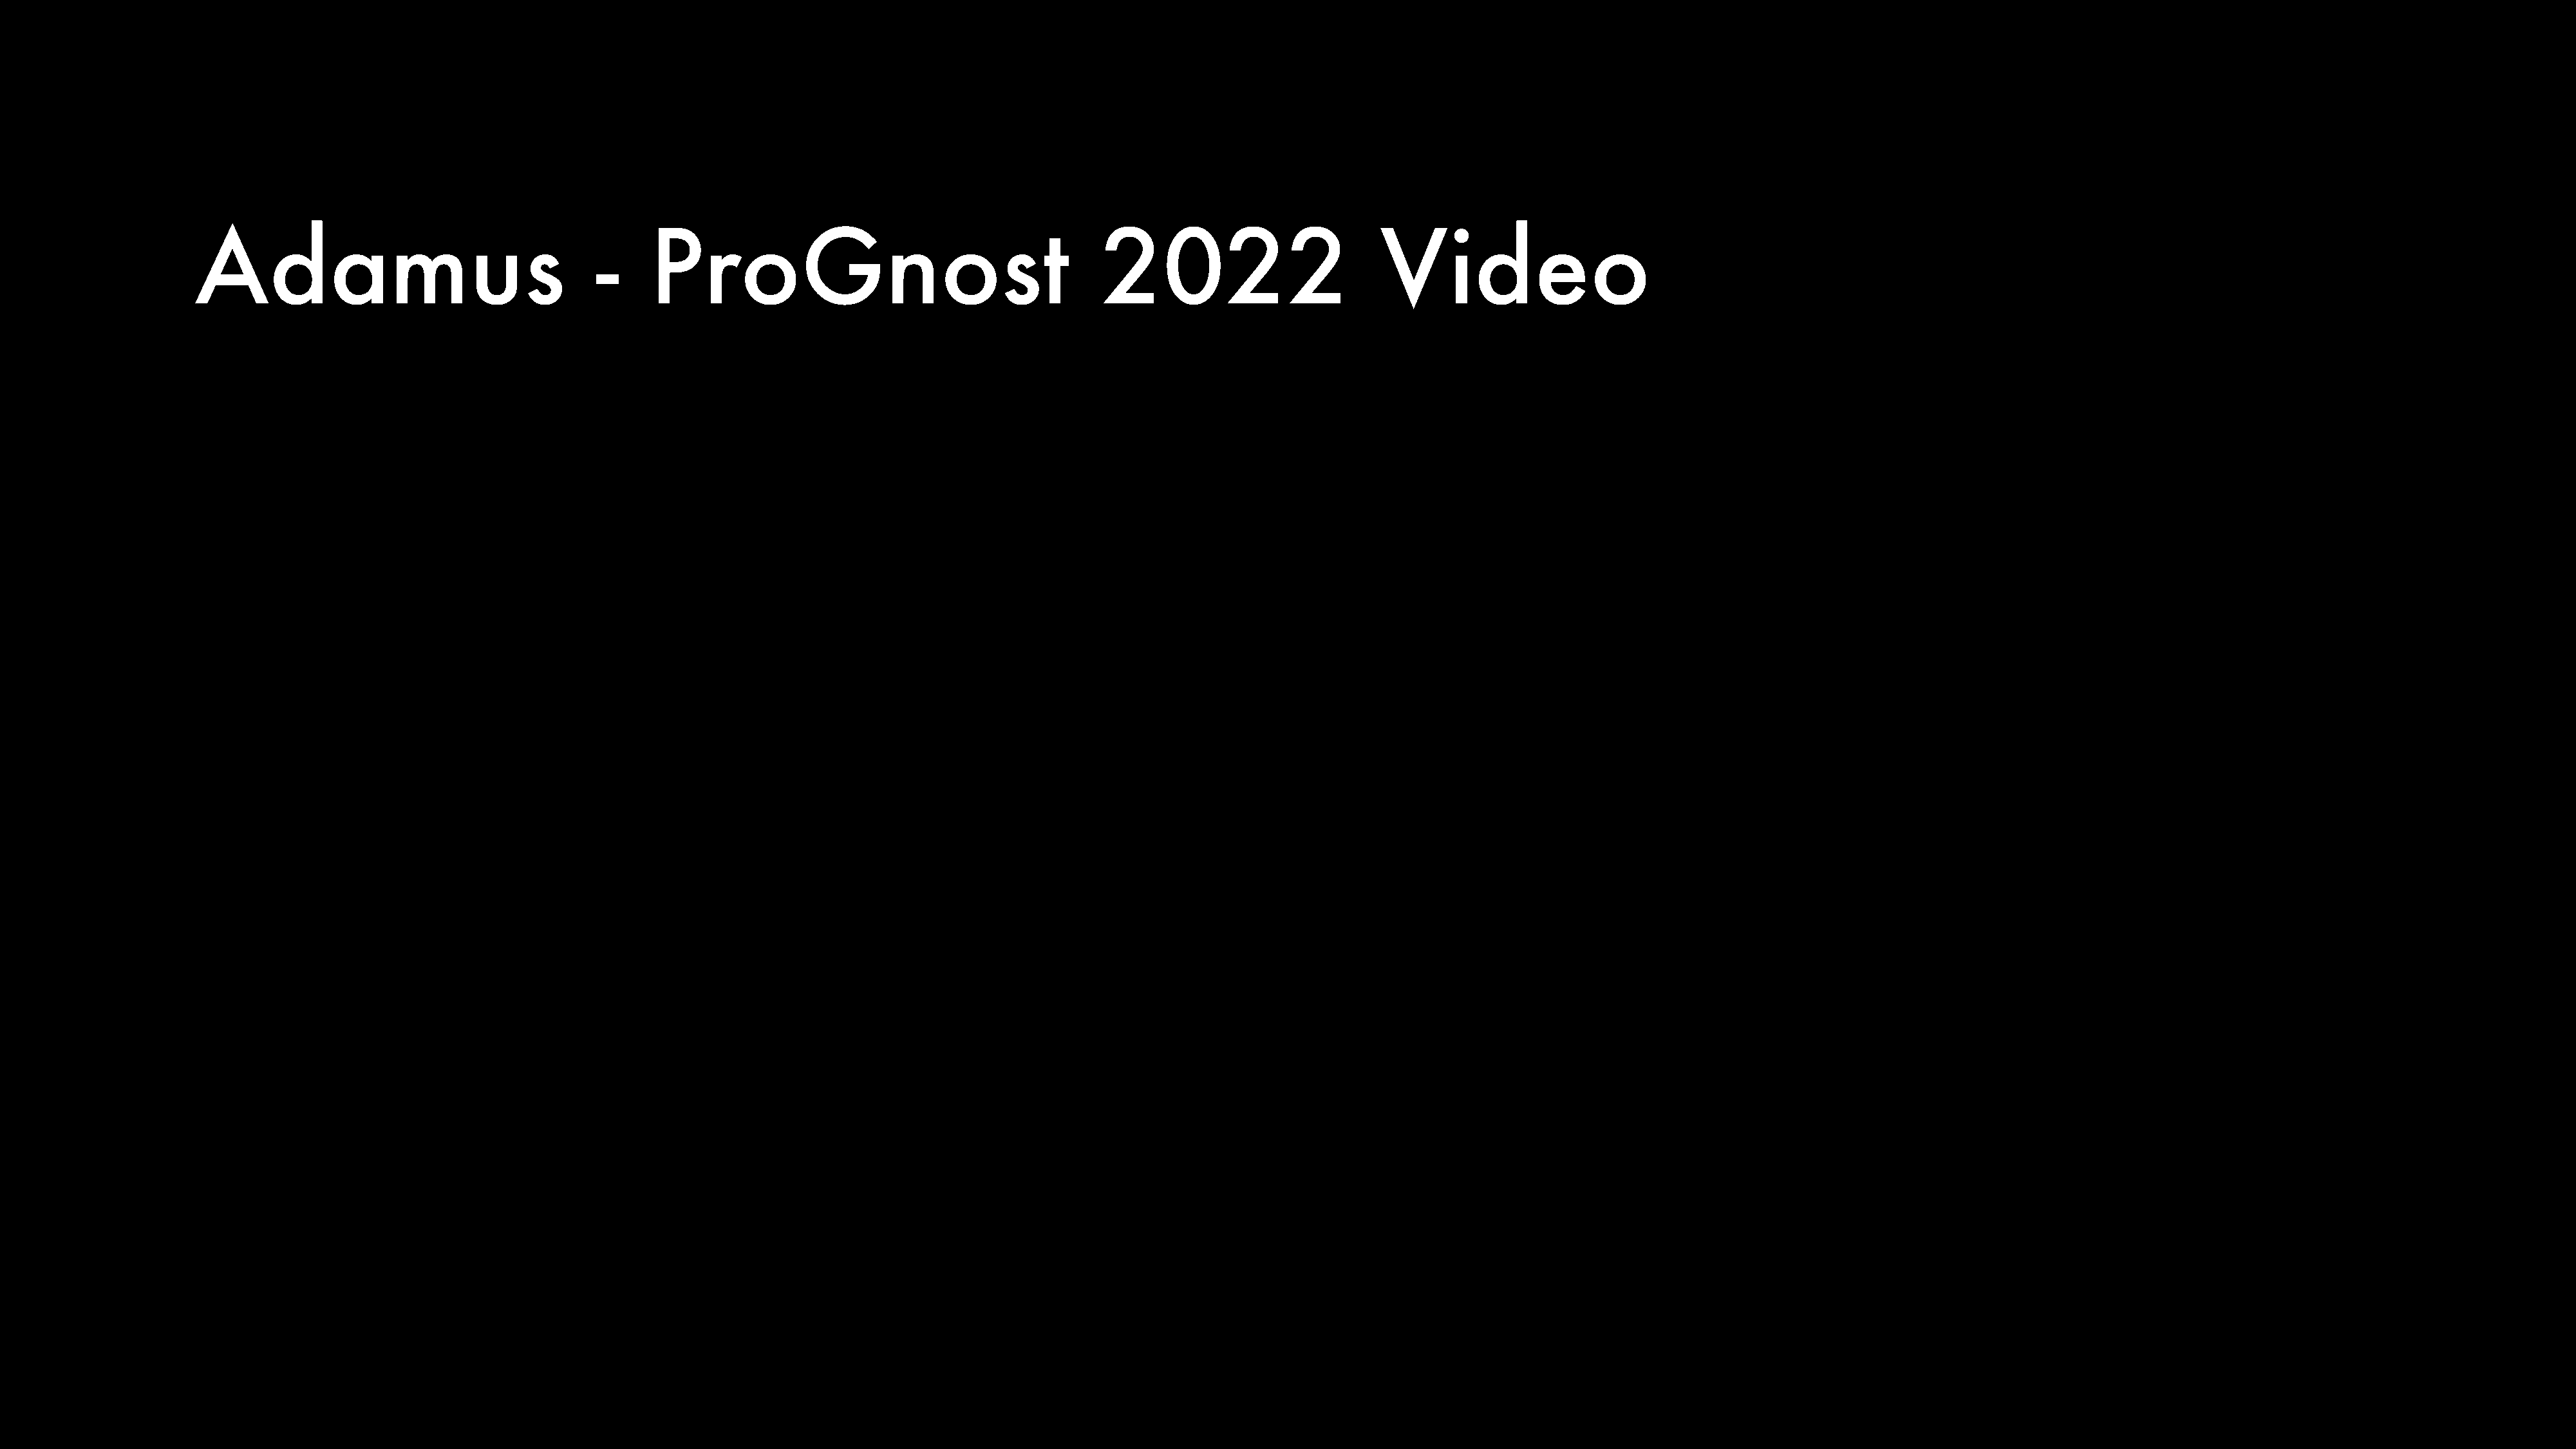
Adamus                                   -     ProGnost                                      2022                         Video